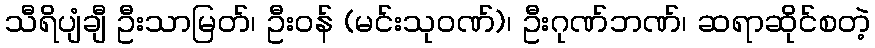
သီရိပျံချီ ဦးသာမြတ်၊ ဦးဝန် (မင်းသုဝဏ်)၊ ဦးဂုဏ်ဘဏ်၊ ဆရာဆိုင်စတဲ့